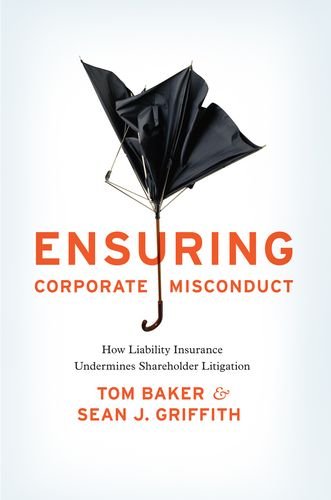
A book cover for Ensuring Corporate Misconduct: How Liability Insurance Undermines Shareholder Litigation; Tom Baker; Business & Money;